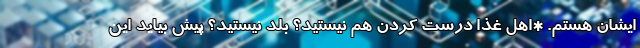
ایشان هستم. *اهل غذا درست کردن هم نیستید؟ بلد نیستید؟ پیش بیاید این